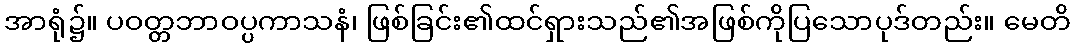
အာရုံ၌။ ပဝတ္တဘာဝပ္ပကာသနံ၊ ဖြစ်ခြင်း၏ထင်ရှားသည်၏အဖြစ်ကိုပြသောပုဒ်တည်း။ မေတိ